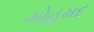
મોહમદ